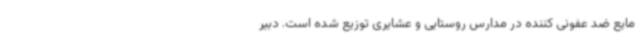
مایع ضد عفونی کننده در مدارس روستایی و عشایری توزیع شده است. دبیر